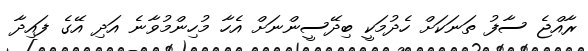
ރާއްޖެ ސާފު ތަނަކަށް ހެދުމަކީ ބިދޭސީންނަށް އެހާ މުހިންމުވާނެ އަދި އޭގެ ފައިދާ